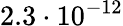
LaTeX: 2.3\cdot 10^{-12}